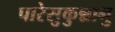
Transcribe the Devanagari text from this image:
पारेसुकुन्नानु